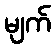
မျက်